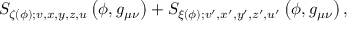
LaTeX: S _ { \zeta ( \phi ) ; v , x , y , z , u } \left( \phi , g _ { \mu \nu } \right) + S _ { \xi ( \phi ) ; v ^ { \prime } , x ^ { \prime } , y ^ { \prime } , z ^ { \prime } , u ^ { \prime } } \left( \phi , g _ { \mu \nu } \right) ,